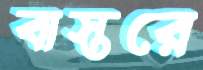
বাস্তরে